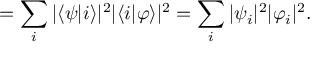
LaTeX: = \sum _ { i } | \langle \psi | i \rangle | ^ { 2 } | \langle i | \varphi \rangle | ^ { 2 } = \sum _ { i } | \psi _ { i } | ^ { 2 } | \varphi _ { i } | ^ { 2 } .